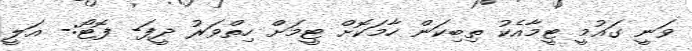
ވަނީ ގައުމީ ޓީމާއެކު ތިބިކަން ހާމަކޮށް ޓީމަށް ހިތްވަރު ދީފަ- ފޮޓޯ:- އަލީ